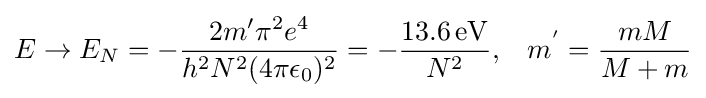
E\rightarrow E_{N}=-{\frac {2m'\pi ^{2}e^{4}}{h^{2}N^{2}(4\pi \epsilon _{0})^{2}}}=-{\frac {13.6\,\mathrm {eV} }{N^{2}}},\;\;\;m^{'}={\frac {mM}{M+m}}